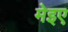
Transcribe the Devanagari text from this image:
मेइए